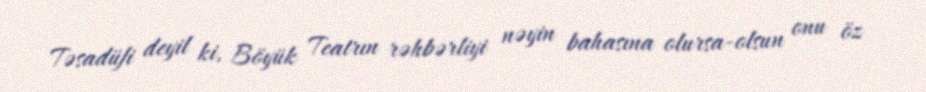
Təsadüfi deyil ki, Böyük Teatrın rəhbərliyi nəyin bahasına olursa-olsun onu öz